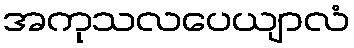
အကုသလပေယျာလံ